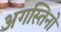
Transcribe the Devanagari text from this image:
अगस्तिनो